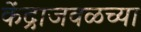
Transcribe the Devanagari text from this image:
केंद्राजवळच्या